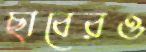
ছাবেরও